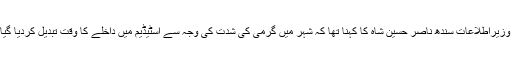
کراچی میں سیکیورٹی حکام کے ہمراہ پریس کانفرنس کرتے ہوئے وزیراطلاعات سندھ ناصر حسین شاہ کا کہنا تھا کہ شہر میں گرمی کی شدت کی وجہ سے اسٹیڈیم میں داخلے کا وقت تبدیل کردیا گیا ہے، شائقین اب 3 سے 7 بجے تک اسٹیڈیم میں داخل ہو سکیں گے۔